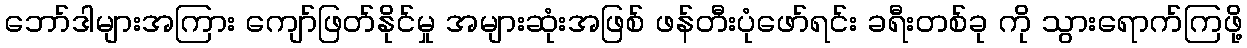
ဘော်ဒါများအကြား ကျော်ဖြတ်နိုင်မှု အများဆုံးအဖြစ် ဖန်တီးပုံဖော်ရင်း ခရီးတစ်ခု ကို သွားရောက်ကြဖို့